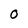
Character: O